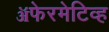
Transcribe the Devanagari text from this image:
ॲफेरमेटिव्ह